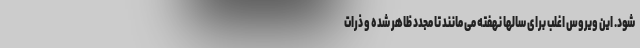
شود. این ویروس اغلب برای سالها نهفته می مانند تا مجدد ظاهر شده و ذرات